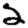
Digit: 2